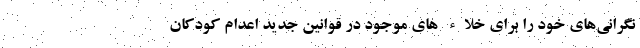
نگرانی‌های خود را برای خلاء های موجود در قوانین جدید اعدام کودکان